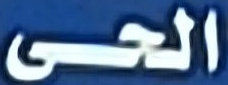
الحى